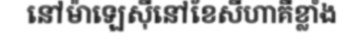
នៅម៉ាឡេស៊ីនៅខែសីហាគឺខ្លាំង